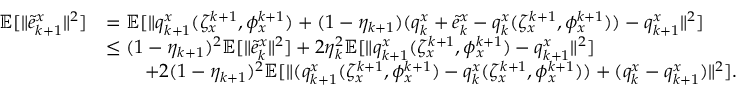
\begin{array} { r l } { \mathbb { E } [ \| \tilde { e } _ { k + 1 } ^ { x } \| ^ { 2 } ] } & { = \mathbb { E } [ \| q _ { k + 1 } ^ { x } ( \zeta _ { x } ^ { k + 1 } , \phi _ { x } ^ { k + 1 } ) + ( 1 - \eta _ { k + 1 } ) ( q _ { k } ^ { x } + \tilde { e } _ { k } ^ { x } - q _ { k } ^ { x } ( \zeta _ { x } ^ { k + 1 } , \phi _ { x } ^ { k + 1 } ) ) - q _ { k + 1 } ^ { x } \| ^ { 2 } ] } \\ & { \le ( 1 - \eta _ { k + 1 } ) ^ { 2 } \mathbb { E } [ \| \tilde { e } _ { k } ^ { x } \| ^ { 2 } ] + 2 \eta _ { k } ^ { 2 } \mathbb { E } [ \| q _ { k + 1 } ^ { x } ( \zeta _ { x } ^ { k + 1 } , \phi _ { x } ^ { k + 1 } ) - q _ { k + 1 } ^ { x } \| ^ { 2 } ] } \\ & { \qquad + 2 ( 1 - \eta _ { k + 1 } ) ^ { 2 } \mathbb { E } [ \| ( q _ { k + 1 } ^ { x } ( \zeta _ { x } ^ { k + 1 } , \phi _ { x } ^ { k + 1 } ) - q _ { k } ^ { x } ( \zeta _ { x } ^ { k + 1 } , \phi _ { x } ^ { k + 1 } ) ) + ( q _ { k } ^ { x } - q _ { k + 1 } ^ { x } ) \| ^ { 2 } ] . } \end{array}